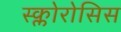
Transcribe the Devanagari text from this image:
स्क्लोरोसिस